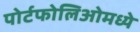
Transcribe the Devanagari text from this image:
पोर्टफोलिओमध्ये